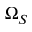
\Omega _ { S }